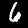
Label: 6